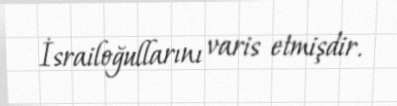
İsrailoğullarını varis etmişdir.